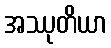
အဿုတိယာ